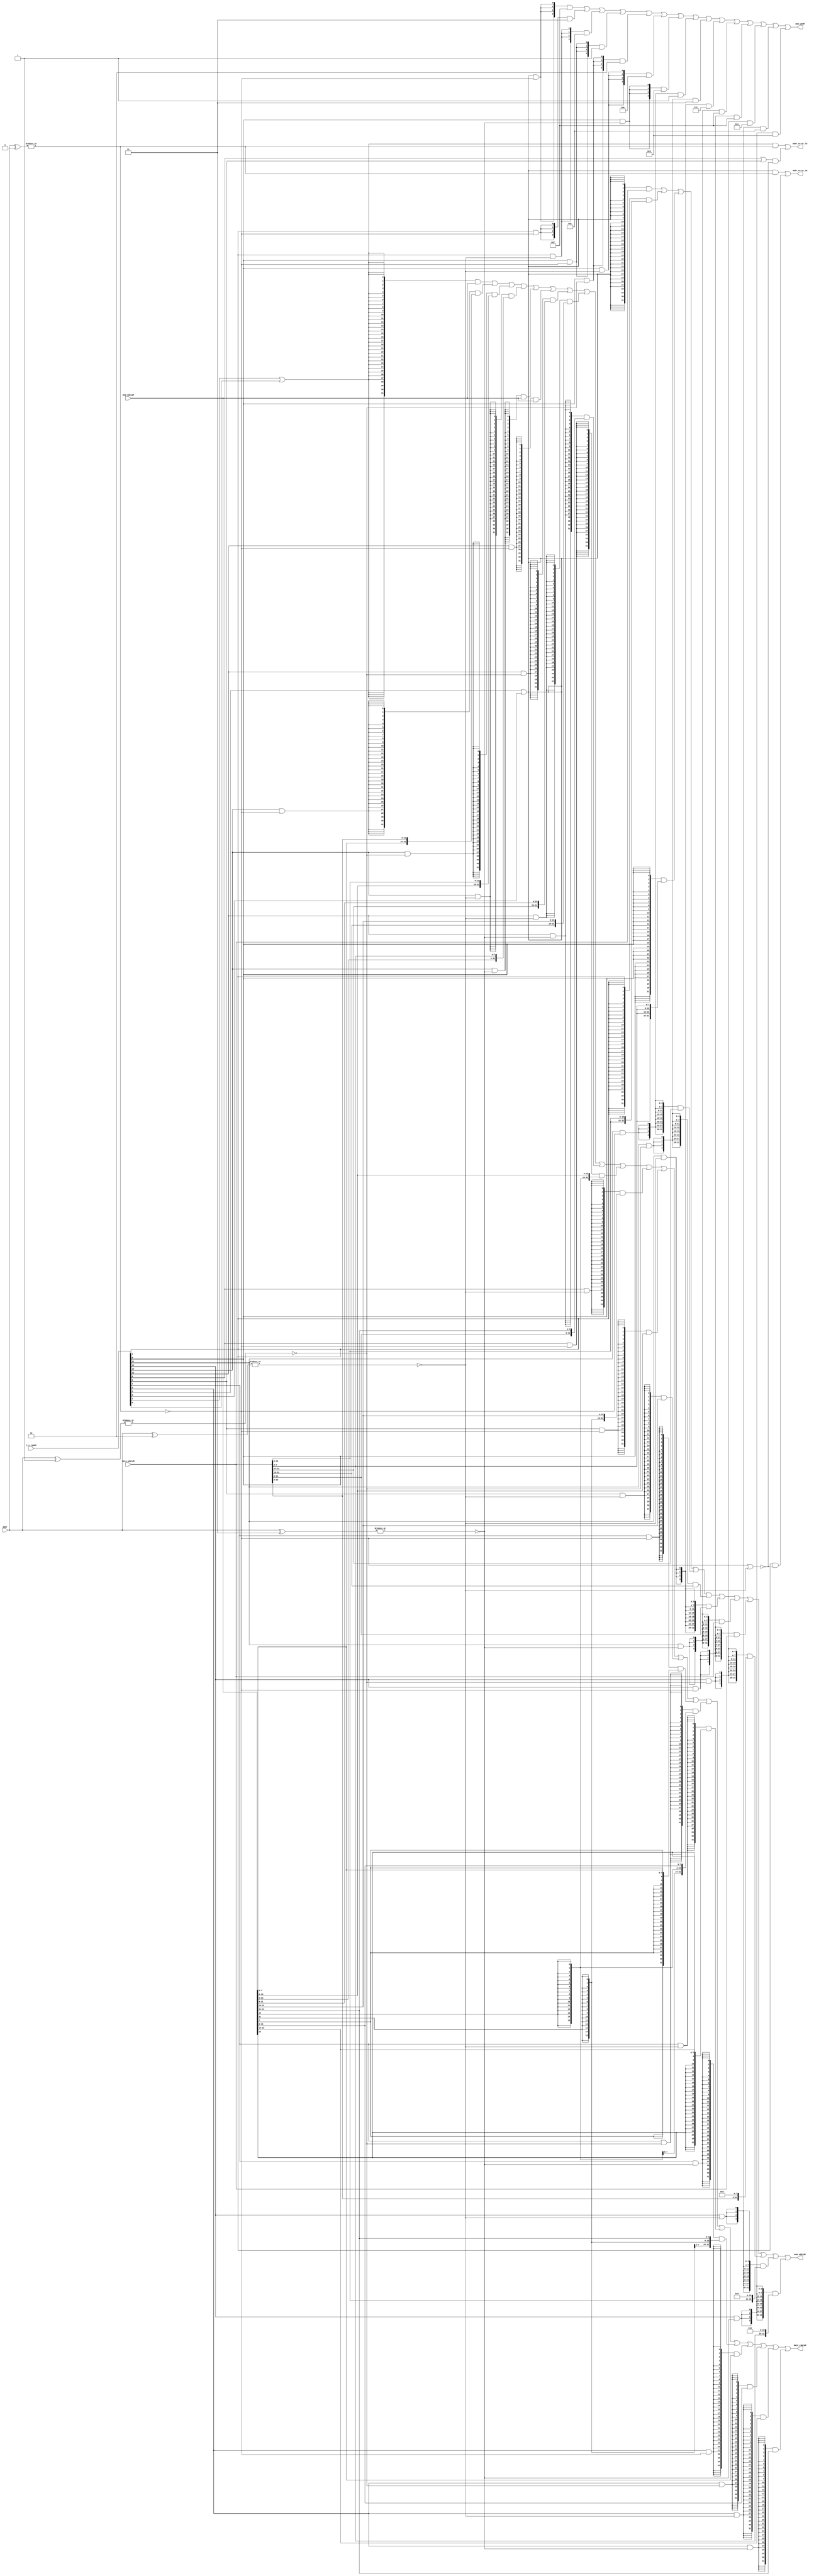
module mem_ctrl(
    input wire [13:0] l_s_typeM,
    input wire [1:0] addr,

    input wire [31:0] data_wdataM,  //rt_value
    output wire [31:0] mem_wdataM,
    output wire [3:0] mem_wenM,

    input wire [31:0] mem_rdataM,
    output wire [31:0] data_rdataM,

    output wire addr_error_sw, addr_error_lw
);
    wire [31:0] rt_valueM;
    assign rt_valueM = data_wdataM;

    wire ll, sc, lw, lh, lhu, lb, lbu, sw, sh, sb;
    wire lwl, lwr, swl, swr;
    wire addr_B0, addr_B2, addr_B1, addr_B3;
    
	assign {lwl, lwr, swl, swr, ll, sc, lw, lh, lhu, lb, lbu, sw, sh, sb} = l_s_typeM;

    assign addr_error_sw = ( ( sw | sc ) & ~addr_B0)
                        | (  sh & ~(addr_B0 | addr_B2));
    assign addr_error_lw = ( (lw | ll) & ~addr_B0)
                        | (( lh | lhu ) & ~(addr_B0 | addr_B2));

    

    assign addr_B0 = ~(|(addr[1:0] ^ 2'b00));
    assign addr_B2 = ~(|(addr[1:0] ^ 2'b10));
    assign addr_B1 = ~(|(addr[1:0] ^ 2'b01));
    assign addr_B3 = ~(|(addr[1:0] ^ 2'b11));

// wdata  and  byte_wen
    assign mem_wenM =     ( {4{( (sw | sc) & addr_B0  )}} & 4'b1111)
                        | ( {4{( sh & addr_B0  )}} & 4'b0011)
                        | ( {4{( sh & addr_B2  )}} & 4'b1100)
                        | ( {4{( sb & addr_B0  )}} & 4'b0001)
                        | ( {4{( sb & addr_B1  )}} & 4'b0010)
                        | ( {4{( sb & addr_B2  )}} & 4'b0100)
                        | ( {4{( sb & addr_B3  )}} & 4'b1000)
                        | ( {4{(swl & addr_B0  )}} & 4'b0001)
                        | ( {4{(swl & addr_B1  )}} & 4'b0011)
                        | ( {4{(swl & addr_B2  )}} & 4'b0111)
                        | ( {4{(swl & addr_B3  )}} & 4'b1111)
                        | ( {4{(swr & addr_B0  )}} & 4'b1111)
                        | ( {4{(swr & addr_B1  )}} & 4'b1110)
                        | ( {4{(swr & addr_B2  )}} & 4'b1100)
                        | ( {4{(swr & addr_B3  )}} & 4'b1000);

// rdata
// data ram 按字寻址
    assign mem_wdataM =   ({ 32{(sw | sc) }} & data_wdataM)
                        | ( {32{sh}}  & {2{data_wdataM[15:0]} })
                        | ( {32{sb}}  & {4{data_wdataM[7:0]}  })
                        | ( {32{swl & addr_B0  }} & {24'b0, data_wdataM[31:24]})
                        | ( {32{swl & addr_B1  }} & {16'b0, data_wdataM[31:16]})
                        | ( {32{swl & addr_B2  }} & { 8'b0, data_wdataM[31:8 ]})
                        | ( {32{swl & addr_B3  }} & data_wdataM)
                        | ( {32{swr & addr_B0  }} & data_wdataM)
                        | ( {32{swr & addr_B1  }} & {data_wdataM[23:0],  8'b0})
                        | ( {32{swr & addr_B2  }} & {data_wdataM[15:0], 16'b0})
                        | ( {32{swr & addr_B3  }} & {data_wdataM[7 :0], 24'b0});
    
    assign data_rdataM =  ( {32{(lw | ll)}}  & mem_rdataM)
                        | ( {32{lwl   & addr_B0}}  & {mem_rdataM[7:0 ], rt_valueM[23:0]} )
                        | ( {32{lwl   & addr_B1}}  & {mem_rdataM[15:0], rt_valueM[15:0]} )
                        | ( {32{lwl   & addr_B2}}  & {mem_rdataM[23:0], rt_valueM[7:0 ]} )
                        | ( {32{lwl   & addr_B3}}  &  mem_rdataM )
                        | ( {32{lwr   & addr_B0}}  &  mem_rdataM )
                        | ( {32{lwr   & addr_B1}}  & {rt_valueM[31:24], mem_rdataM[31:8 ]} )
                        | ( {32{lwr   & addr_B2}}  & {rt_valueM[31:16], mem_rdataM[31:16]} )
                        | ( {32{lwr   & addr_B3}}  & {rt_valueM[31:8 ], mem_rdataM[31:24]} )
                        | ( {32{ lh   & addr_B0}}  & { {16{mem_rdataM[15]}},  mem_rdataM[15:0]    })
                        | ( {32{ lh   & addr_B2}}  & { {16{mem_rdataM[31]}},  mem_rdataM[31:16]   })
                        | ( {32{ lhu  & addr_B0}}  & {  16'b0,                mem_rdataM[15:0]    })
                        | ( {32{ lhu  & addr_B2}}  & {  16'b0,                mem_rdataM[31:16]   })
                        | ( {32{ lb   & addr_B0}}  & { {24{mem_rdataM[7]}},   mem_rdataM[7:0]     })
                        | ( {32{ lb   & addr_B1}}  & { {24{mem_rdataM[15]}},  mem_rdataM[15:8]    })
                        | ( {32{ lb   & addr_B2}}  & { {24{mem_rdataM[23]}},  mem_rdataM[23:16]   })
                        | ( {32{ lb   & addr_B3}}  & { {24{mem_rdataM[31]}},  mem_rdataM[31:24]   })
                        | ( {32{ lbu  & addr_B0}}  & {  24'b0 ,               mem_rdataM[7:0]     })
                        | ( {32{ lbu  & addr_B1}}  & {  24'b0 ,               mem_rdataM[15:8]    })
                        | ( {32{ lbu  & addr_B2}}  & {  24'b0 ,               mem_rdataM[23:16]   })
                        | ( {32{ lbu  & addr_B3}}  & {  24'b0 ,               mem_rdataM[31:24]   });
endmodule